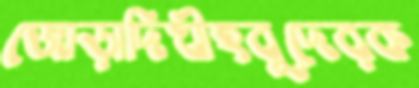
জোড়াদিঘীহবুদেরক